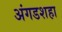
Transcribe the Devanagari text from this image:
अंगडशहा